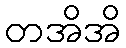
တအိအိ